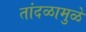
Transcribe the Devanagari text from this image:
तांदळामुळे